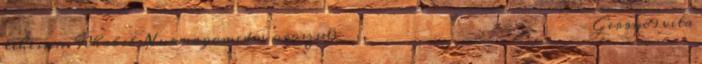
lehessen. Khabib Nurmagomedov oroszul:Хабиб Абдулманапович Нурмагомедов – Gerry89 vita